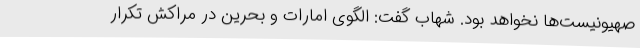
صهیونیست‌ها نخواهد بود. شهاب گفت: الگوی امارات و بحرین در مراکش تکرار